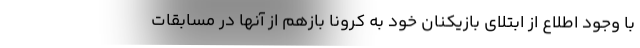
با وجود اطلاع از ابتلای بازیکنان خود به کرونا بازهم از آنها در مسابقات